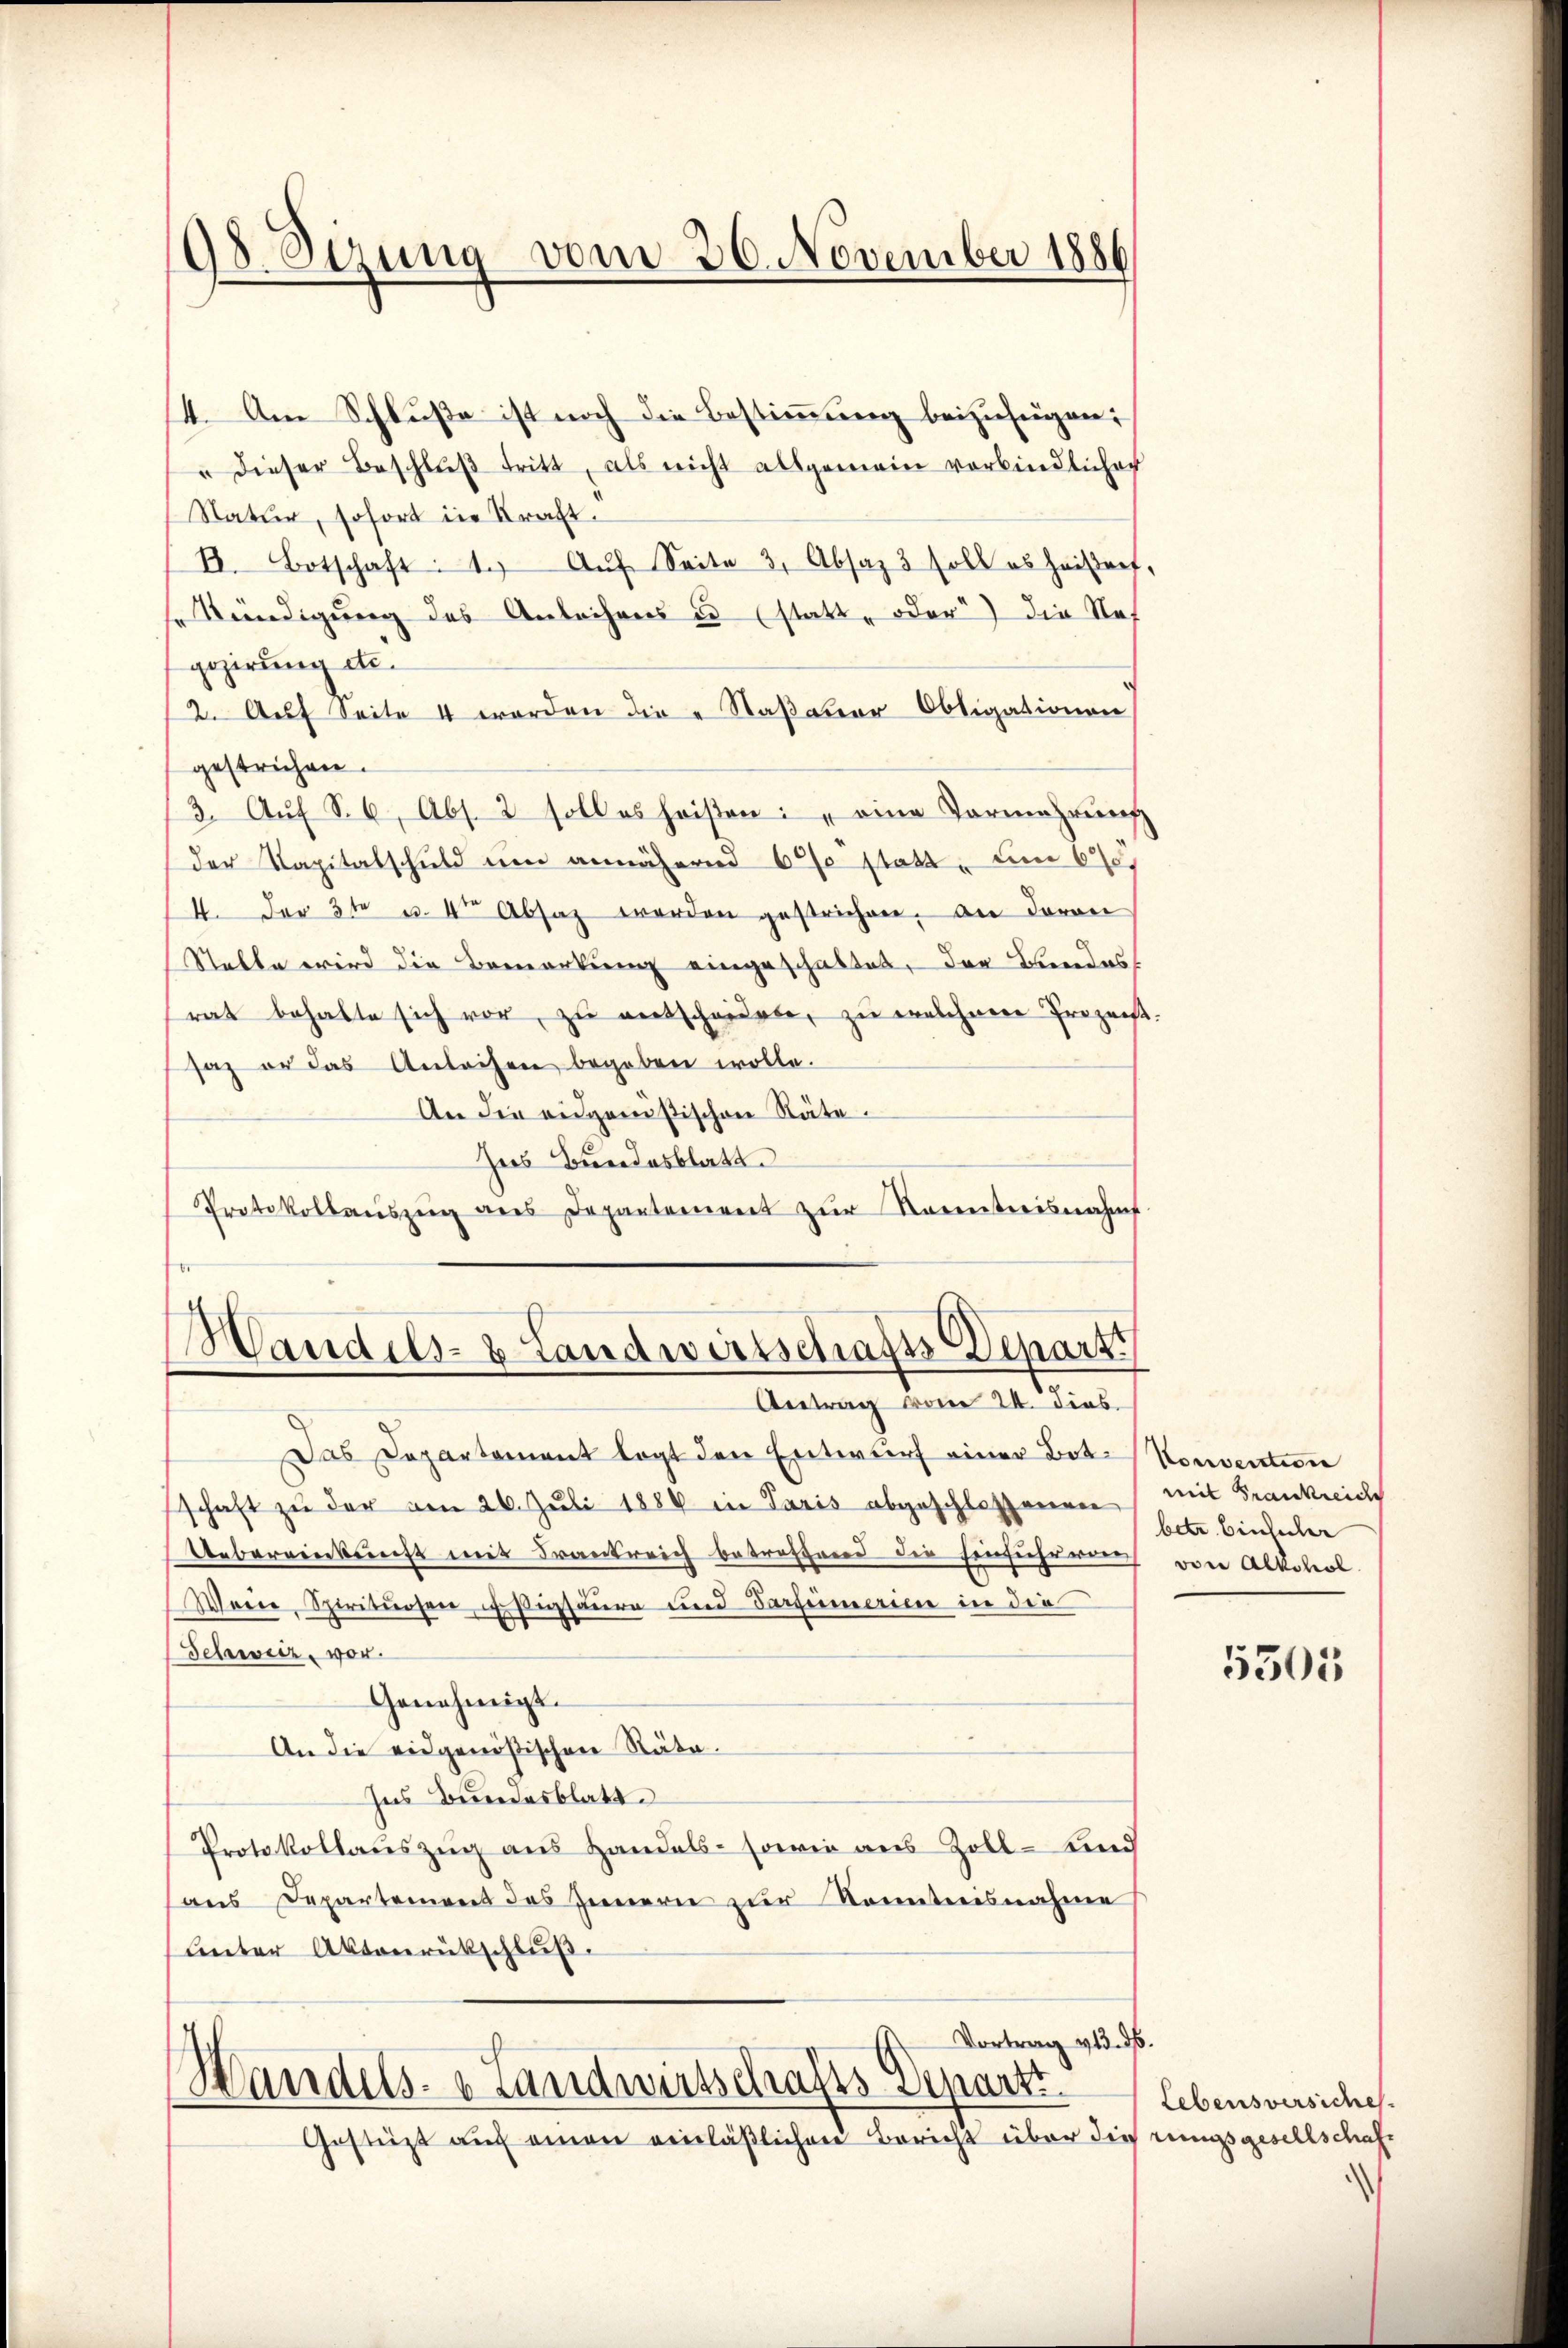
98. Sizung vom 26. November 1886

4. Am Schluße ist noch die Bestimmung beizufügen:
" dieser Beschlŭβ tritt, als nicht allgemein verbindlicher
(Natur, sofort in Kraft.
k. Botschaft: 1. Aŭf Seite 3, Absaz 3 soll es heißert,
Kündigung des Anleihens u (statt, oder) die Nef
gegirung etc.
2. Auf Seite 4 worden die „Saßauer Obligationen)
gestrichen.
3. Auf S. 6, Abs. 2 soll es heißen: „eine Vormehrung
der Kapitalschuld um annähernd 6 statt, um 6
4. Der 3te u. 4ten Absaz werden gestrichen, an davon
Statte wird die Bemerkung eingeschaftet, der Bundes
rat behalte sich vor, zu entscheidete, zu welchem Prozent.
saz er das Anleihen begeben wolle.
An die eidgenößischen Räte.
Ines Bundesblatt
Protokollaŭszŭg ans Departement zŭr Kenntnisnahms

Mandels- & Landwirtschafts Depart
Antrag vom 24. dies

Das Departement legt den Entwurf einer Bote Konvention
schaft zŭ der am 26. Juli 1886 in Paris abgeschlossenen
Uebereinkunft mit Frankreich betreffend die Einsicheren von Alkohol
Werde, Spirituosen sigsäure und Partemerien in die
Schweiz, vor.
Genehmigt.
An die eidgenößischen Räte.
Ins Bundesblatt.
Protokollauszug aus Handels- sowie aus Zoll-Kind
aus Departement des Innern zur Kenntnisnahme
Lnter Aktenrückschluß.

Vortrag 413. ds.
Handels- & Landwirtschafts Departi
Gestüzt auf einen einläßlichen Bericht über dies rungsgesellschaf¬

mit Frankreidig
betr. Einsicher

5505

Lebensversiches.